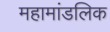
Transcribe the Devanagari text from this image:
महामांडलिक